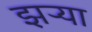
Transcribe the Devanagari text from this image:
झऱ्या